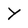
Character: Y